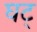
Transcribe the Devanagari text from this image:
घट्